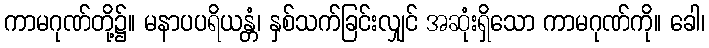
ကာမဂုဏ်တို့၌။ မနာပပရိယန္တံ၊ နှစ်သက်ခြင်းလျှင် အဆုံးရှိသော ကာမဂုဏ်ကို။ ခေါ၊